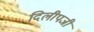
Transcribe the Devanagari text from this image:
दिलीपजी